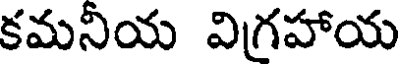
కమనీయ విగ్రహాయ